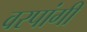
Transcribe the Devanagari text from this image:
वरपांगी